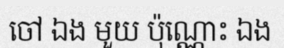
ចៅ ឯង មួយ ប៉ុណ្ណោះ ឯង